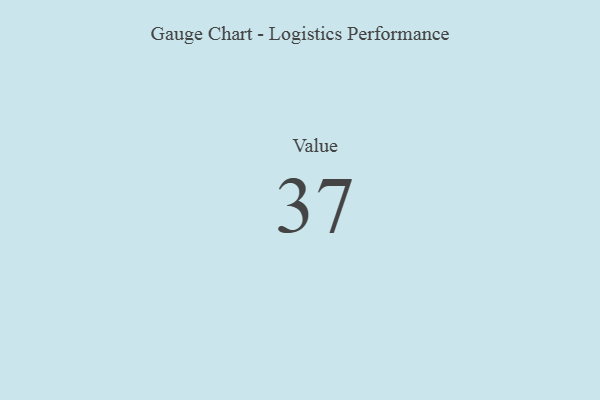
{"axis": {"x": "Metric", "y": "Value"}, "legend": [""], "data": [{"x": "Value", "y": 37, "type": ""}]}